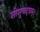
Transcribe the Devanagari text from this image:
शोशुचदघम्।